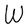
Character: W